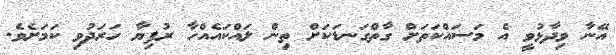
އޭނާ ވިދާޅުވީ އެ މަސައްކަތަށް ގާތްގަނޑަކަށް ތިން ލައްކައެއްހާ ރުފިޔާ ހަރަދުވި ކަމަށެވެ.